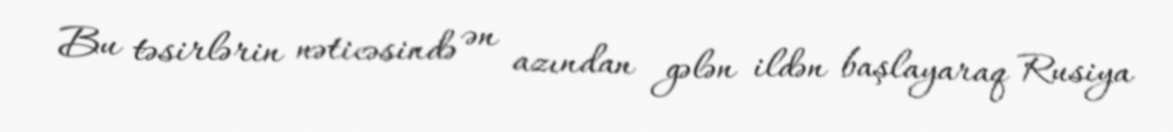
Bu təsirlərin nəticəsində ən azından gələn ildən başlayaraq Rusiya